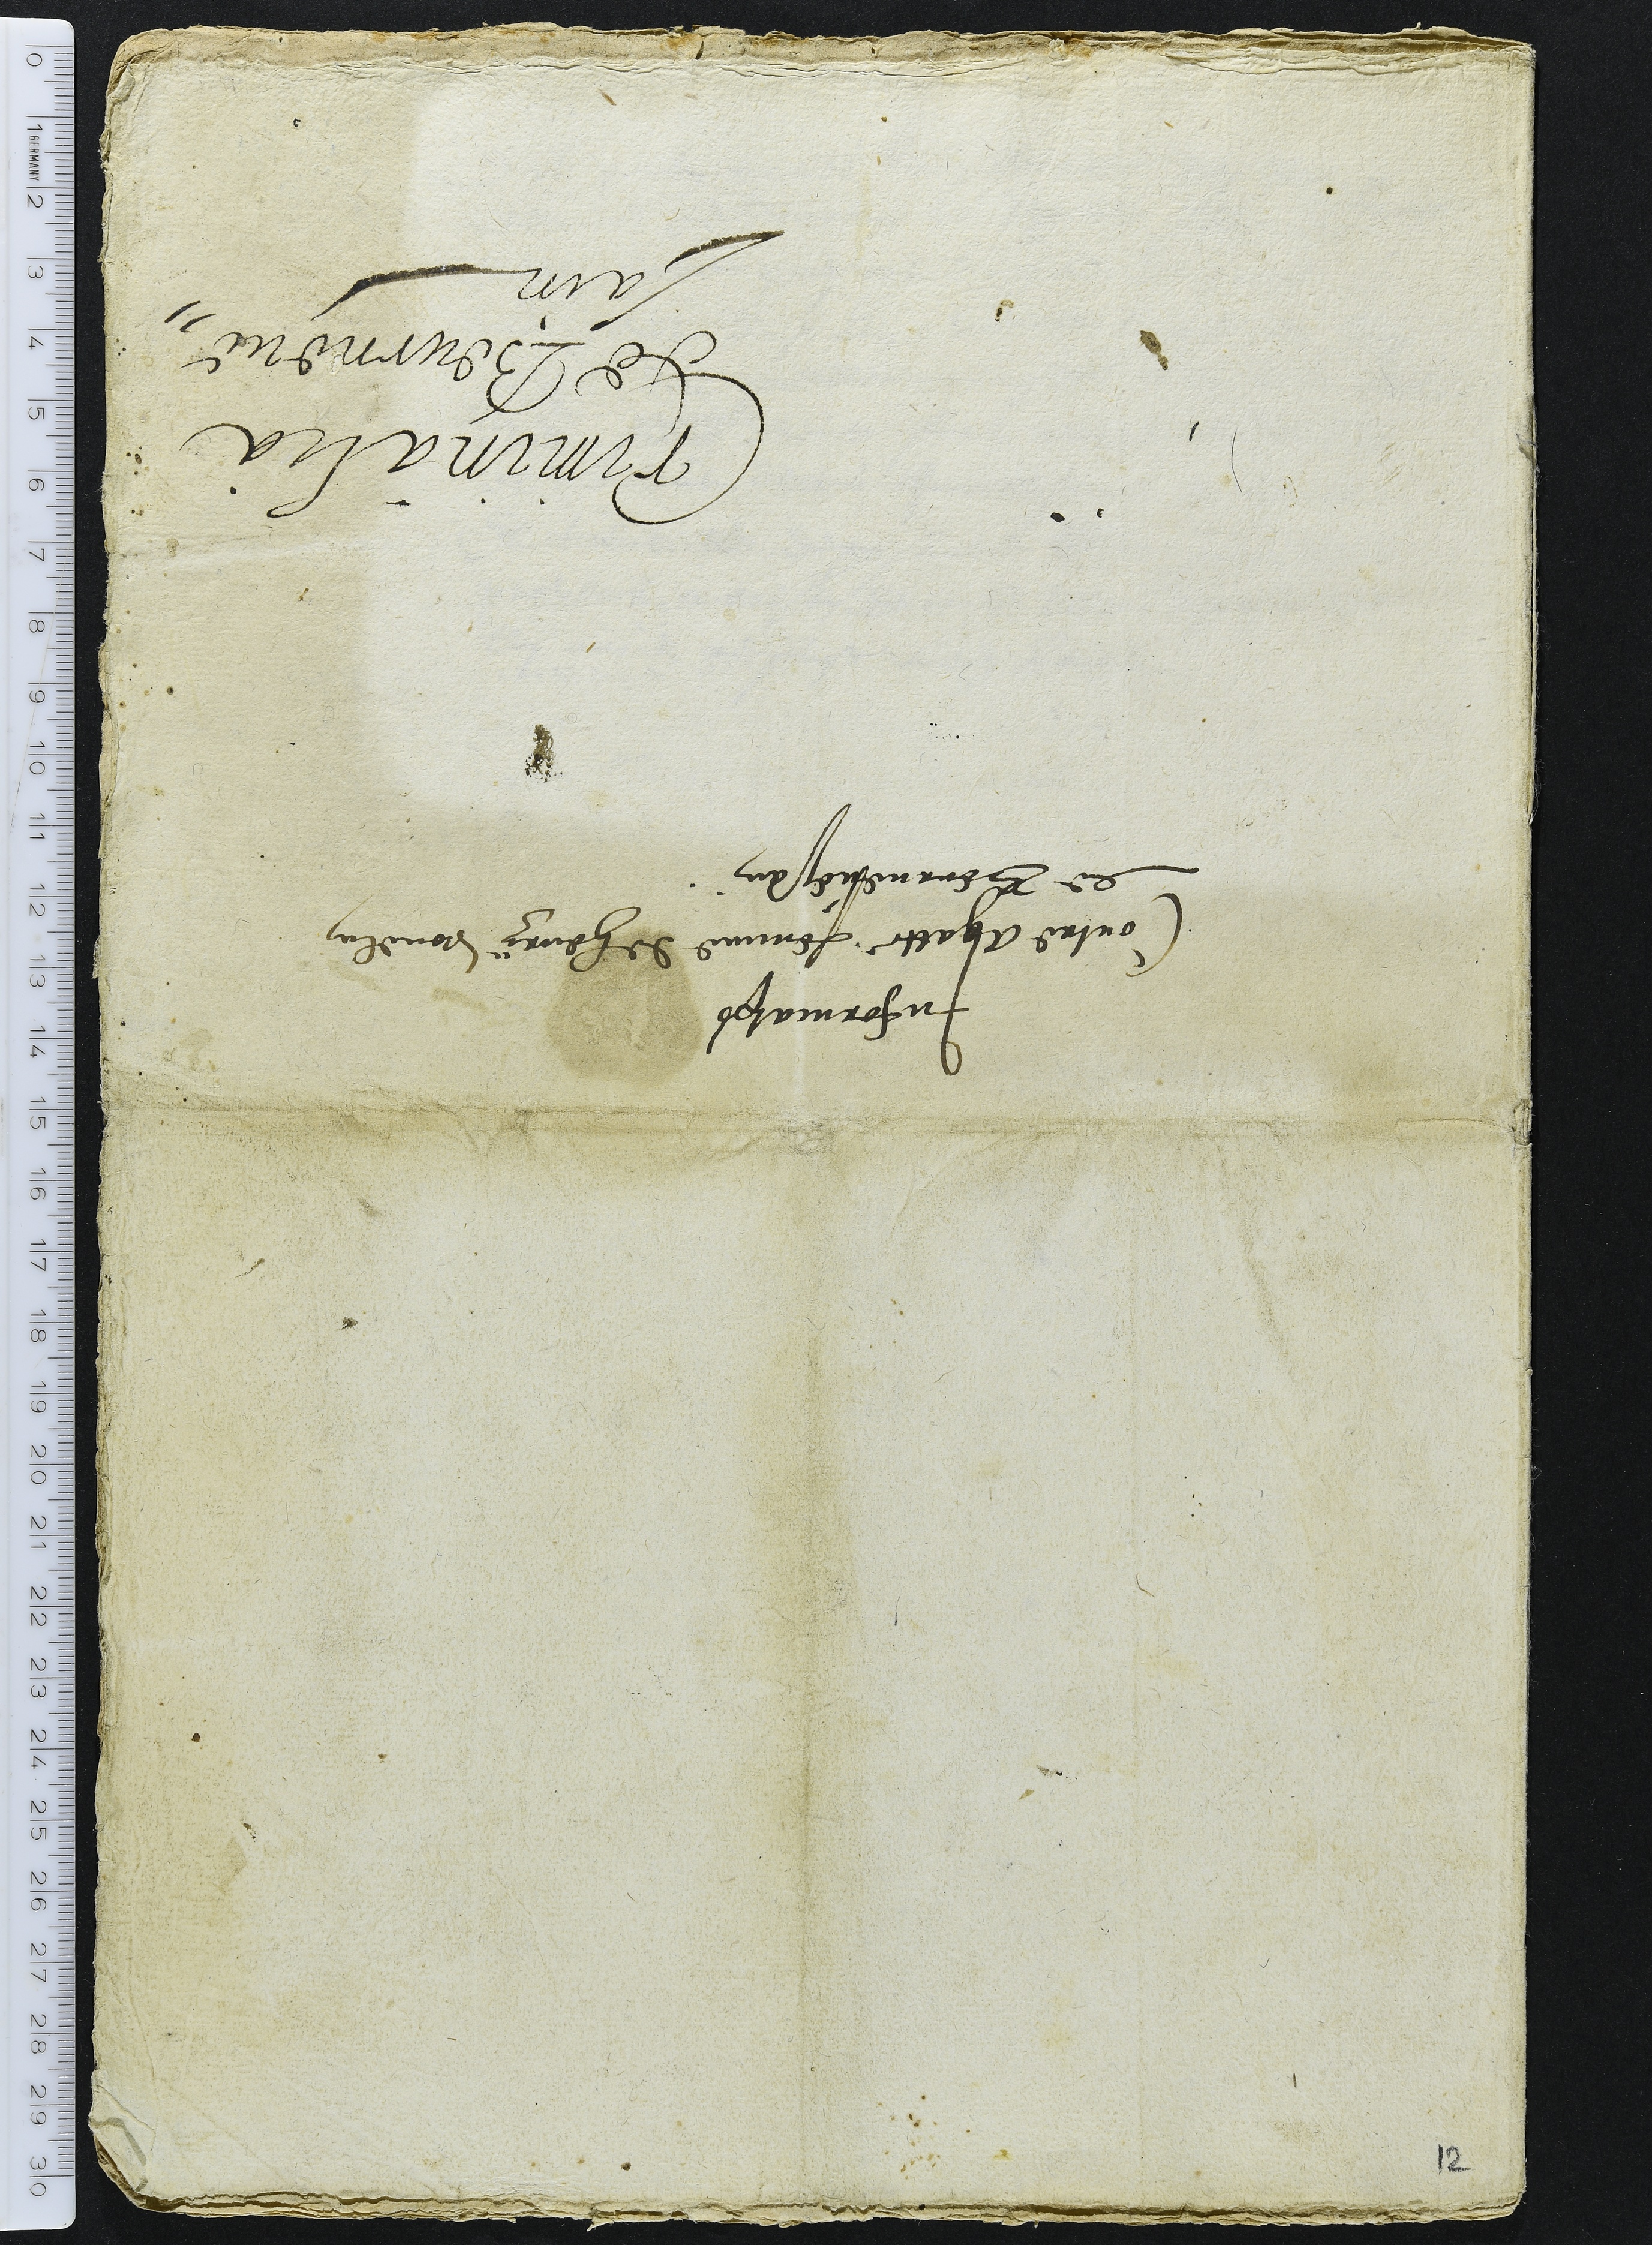
Criminalia
de Beurnevai-
sain

Information
Contre Agatte femme de henry vouelin
de Beurnevesain